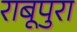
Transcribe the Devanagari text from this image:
राबूपुरा